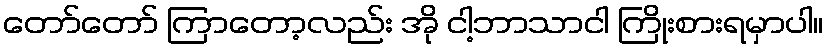
တော်တော် ကြာတော့လည်း အို ငါ့ဘာသာငါ ကြိုးစားရမှာပါ။